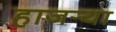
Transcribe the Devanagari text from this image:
हाजर्‍या